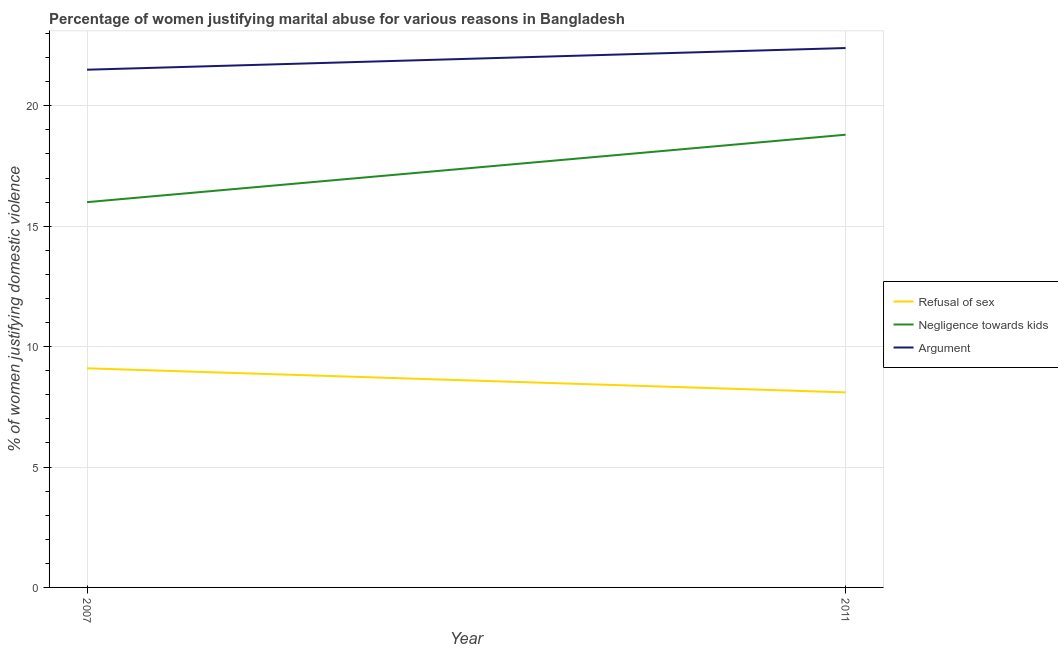
| Year | Refusal of sex | Negligence towards kids | Argument |
 | --- | --- | --- | --- |
 | 2007 | 9.1 | 16 | 21.5 |
 | 2011 | 8.1 | 18.8 | 22.4 |